NAE_eestikeelseid_kaarte, lk 15
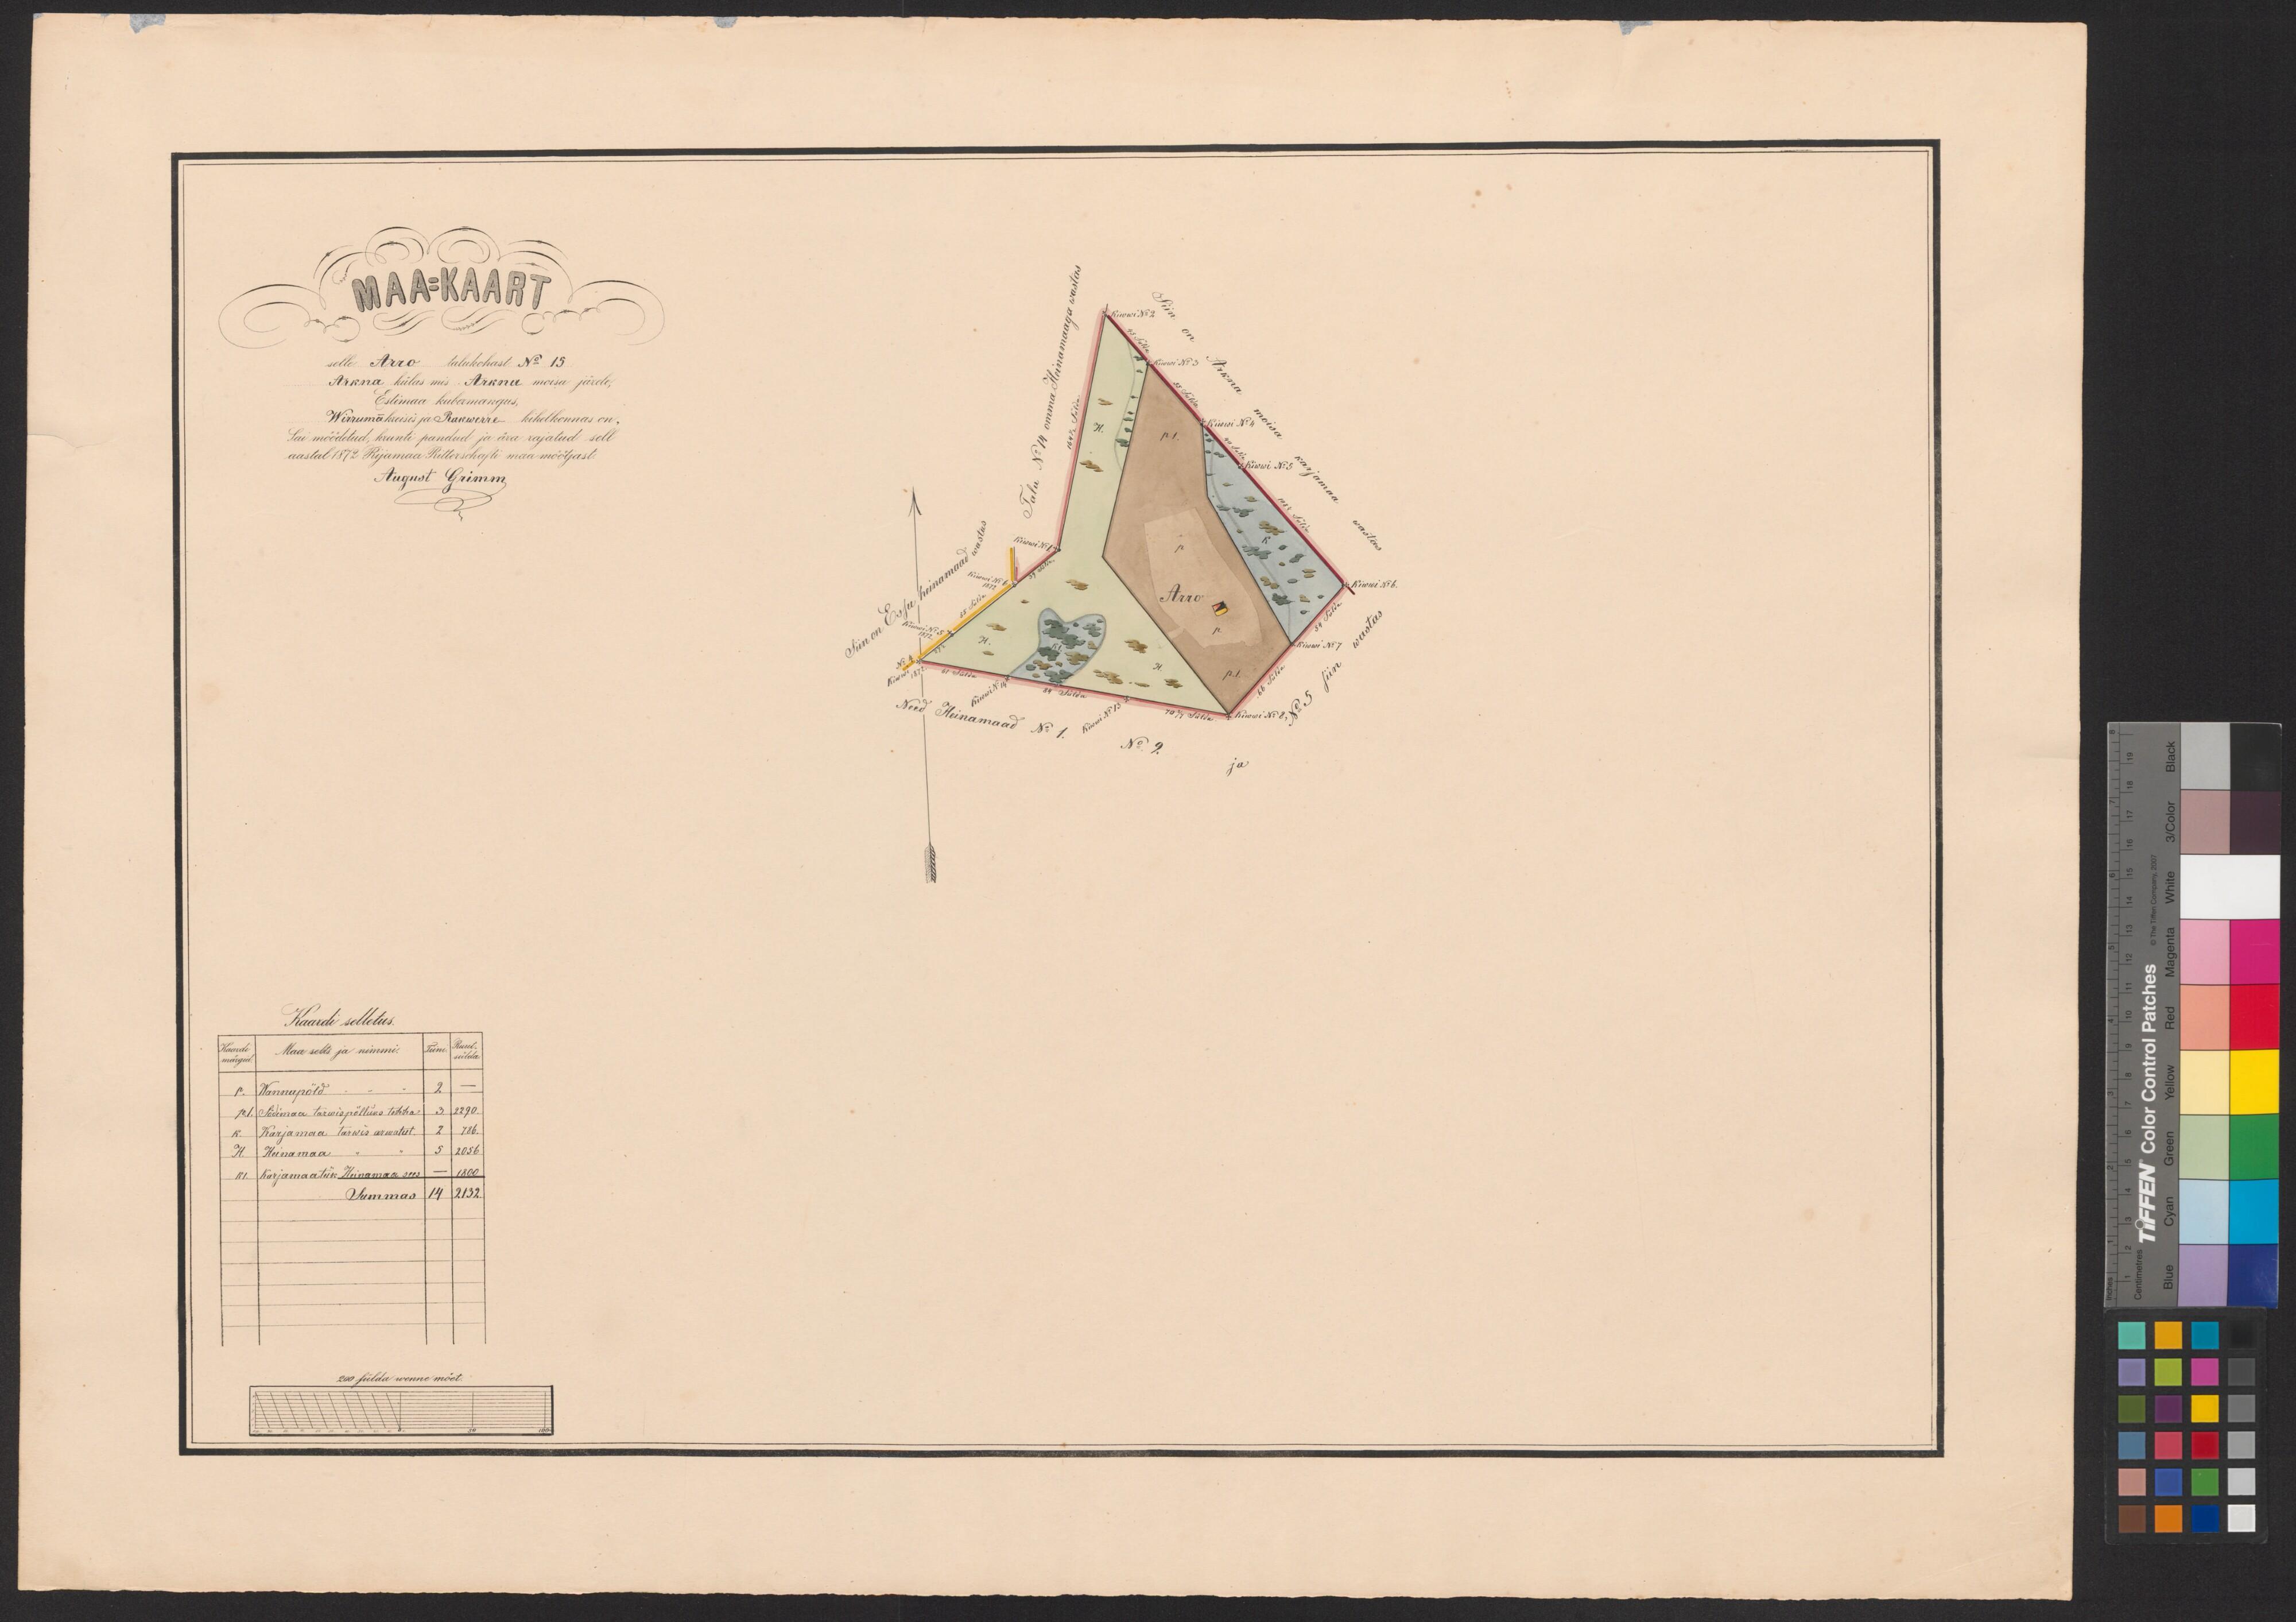
MAA=KAART
selle Arro talukohast No 15
Arkna külas mis Arkna mõisa järele,
Estimaa kubermangus,
Wirruma kreisis ja Rakwerre kihelkonnas on.
Sai möödetud, krunti pandud ja ära rajatud sell
aastal 1872 Rijamaa Ritterschafti maa möötjast
August Grimm
Kaardi selletus
Maa selts ja nimmi.
Wannupöld
Södimaa tarwis pölluks tehha
Karjamaa tarwis arwatut
Heinamaa
Karjamaatük Heinamaa sees
200 sülda wenne mõet